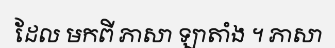
ដែល មកពី ភាសា ឡាតាំង ។ ភាសា